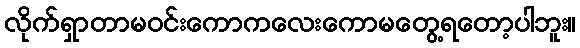
လိုက်ရှာတာမဝင်းကောကလေးကောမတွေ့ရတော့ပါဘူး။